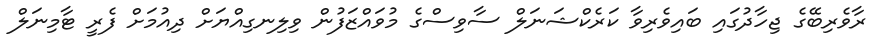
ރާވެރިބޭގެ ޖިހާދުގައި ބައިވެރިވާ ކަރެކްޝަނަލް ސާވިސްގެ މުވައްޒަފުން ވިލިނގިއްޔަށް ދިއުމަށް ފެރީ ޓާމިނަލް